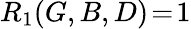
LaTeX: R_{1}(G,B,D)\! =\! 1